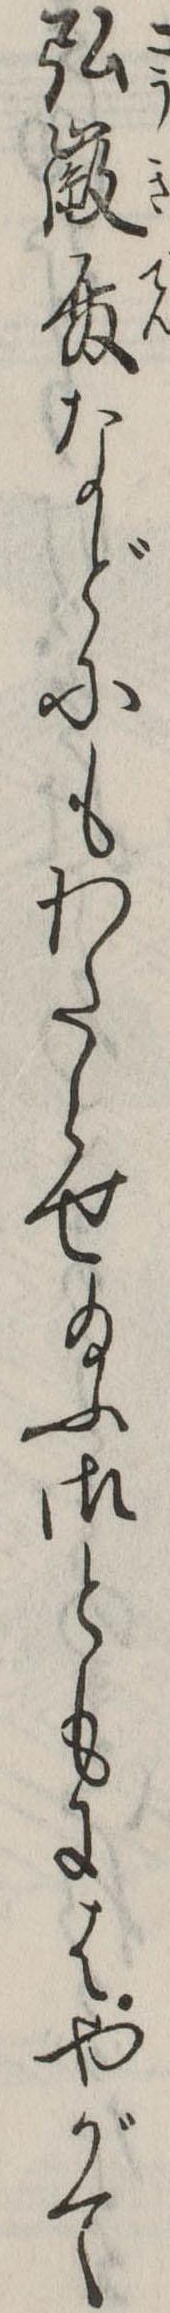
弘徽殿などにもわたらせ給ふ御ともにはやがて